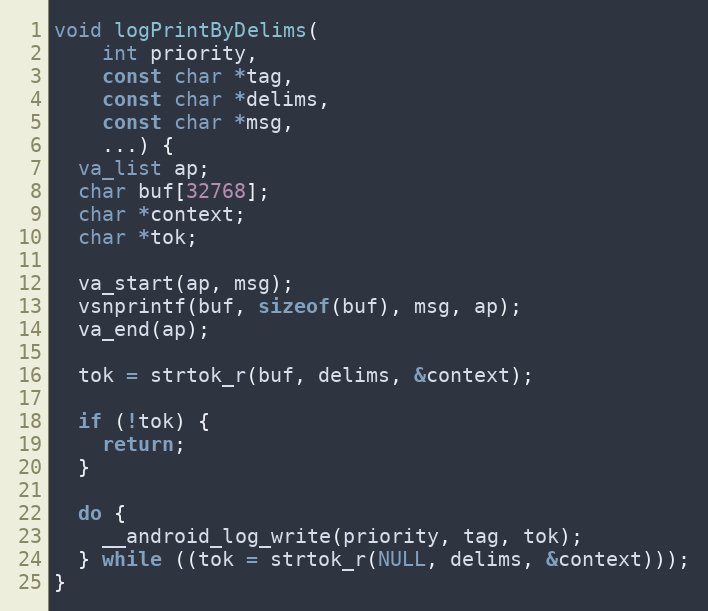
Language: C++
void logPrintByDelims(
    int priority,
    const char *tag,
    const char *delims,
    const char *msg,
    ...) {
  va_list ap;
  char buf[32768];
  char *context;
  char *tok;

  va_start(ap, msg);
  vsnprintf(buf, sizeof(buf), msg, ap);
  va_end(ap);

  tok = strtok_r(buf, delims, &context);

  if (!tok) {
    return;
  }

  do {
    __android_log_write(priority, tag, tok);
  } while ((tok = strtok_r(NULL, delims, &context)));
}